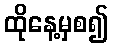
ထိုနေ့မှစ၍